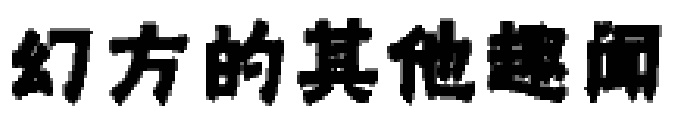
幻方的其他趣闻